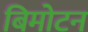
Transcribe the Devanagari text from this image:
बिमोटन